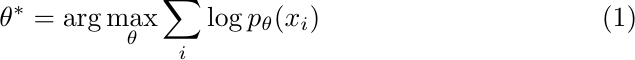
\begin{equation}
\theta^* = \arg\max_\theta \sum_{i} \log p_\theta(x_i)
\end{equation}